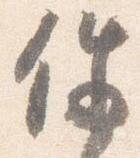
件